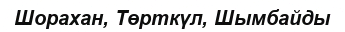
Шорахан, Төрткүл, Шымбайды